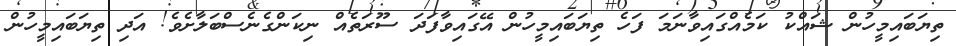
ތިޔަބައިމީހުން ޝައްކު ކަމެއްގައިވާނަމަ ފަހެ ތިޔަބައިމީހުން އޭގައިވާފަދަ ސޫރަތެއް ނިކަންގެނެސްބަލާށެވެ! އަދި ތިޔަބައިމީހުން